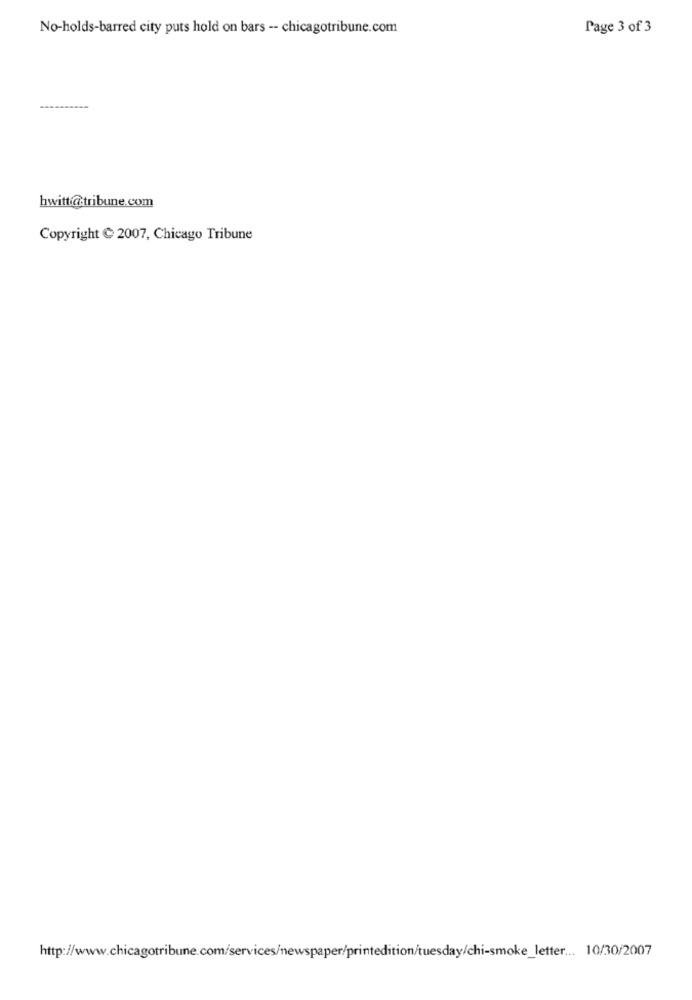
No-holds-barred city puts hold on bars -- chicagotribune.com
Page 3 of 3
hwitt@tribune.com
Copyright C 2007, Chicago Tribune
http://www.chicagotribune.com/services/newspaper/printedition/tuesday/chi-smoke_letter ... 10/30/2007